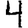
Digit: 4